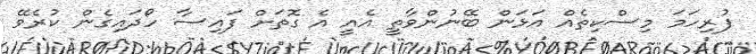
ފުރިހަމަ މިސްކިތެއް އަޅަން ބޭނުންވާތީ އެއީ އެ ގޮތަށް ފައިސާ ހޯދައިގެން ކުރެވޭ